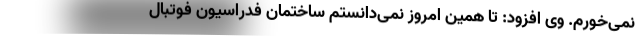
نمی‌خورم. وی افزود: تا همین امروز نمی‌دانستم ساختمان فدراسیون فوتبال